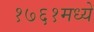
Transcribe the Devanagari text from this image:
१७६१मध्ये